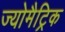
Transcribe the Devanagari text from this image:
ज्योमैट्रिक